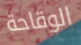
الوقاحة